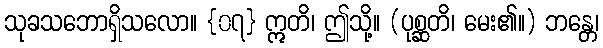
သုခသဘောရှိသလော။ {၀၇} ဣတိ၊ ဤသို့။ (ပုစ္ဆတိ၊ မေး၏။) ဘန္တေ၊